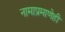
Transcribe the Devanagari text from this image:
नामाप्रमाणेही